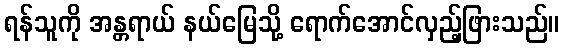
ရန်သူကို အန္တရာယ် နယ်မြေသို့ ရောက်အောင်လှည့်ဖြားသည်။